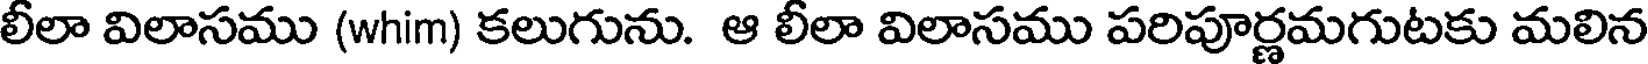
లీలా విలాసము (whim) కలుగును. ఆ లీలా విలాసము పరిపూర్ణమగుటకు మలిన